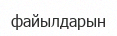
файылдарын